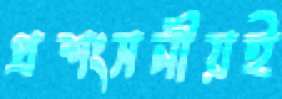
প্রশংসনীয়ই